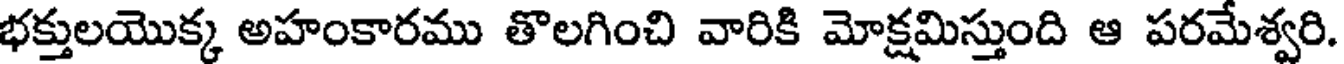
భక్తులయొక్క అహంకారము తొలగించి వారికి మోక్షమిస్తుంది ఆ పరమేశ్వరి